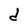
Character: d